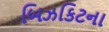
બિઝકિટના